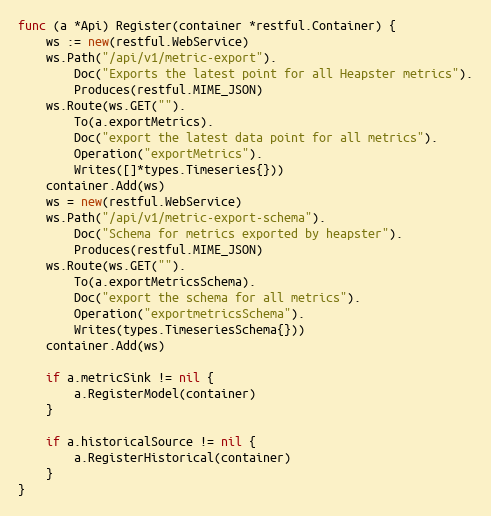
Language: Go
func (a *Api) Register(container *restful.Container) {
	ws := new(restful.WebService)
	ws.Path("/api/v1/metric-export").
		Doc("Exports the latest point for all Heapster metrics").
		Produces(restful.MIME_JSON)
	ws.Route(ws.GET("").
		To(a.exportMetrics).
		Doc("export the latest data point for all metrics").
		Operation("exportMetrics").
		Writes([]*types.Timeseries{}))
	container.Add(ws)
	ws = new(restful.WebService)
	ws.Path("/api/v1/metric-export-schema").
		Doc("Schema for metrics exported by heapster").
		Produces(restful.MIME_JSON)
	ws.Route(ws.GET("").
		To(a.exportMetricsSchema).
		Doc("export the schema for all metrics").
		Operation("exportmetricsSchema").
		Writes(types.TimeseriesSchema{}))
	container.Add(ws)

	if a.metricSink != nil {
		a.RegisterModel(container)
	}

	if a.historicalSource != nil {
		a.RegisterHistorical(container)
	}
}